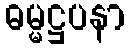
ဓမ္မဋ္ဌပနာ